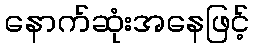
နောက်ဆုံးအနေဖြင့်